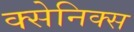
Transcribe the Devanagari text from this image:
क्सेनिक्स